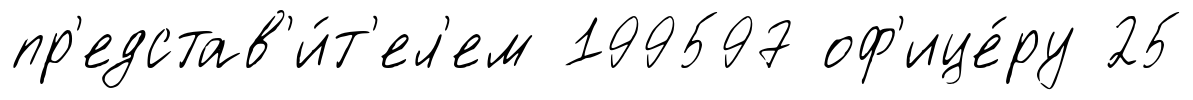
пр'едстав'и́т'ел'ем 199597 оф'ице́ру 25